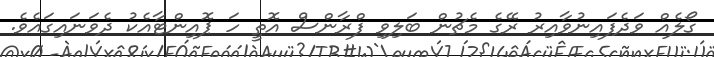
ގޯލެއް ވަދެފައިނުވާއިރު ރޭގެ މެޗުން ބަލިވި ފްރާންސް އޮތީ ހަ ޕޮއިންޓާއެކު ދެވަނައިގައެވެ.